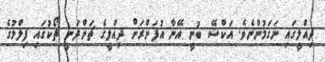
ދިއްލީގައި ނަގަމުންނެވެ. އަކްޝޭ ބުނީ އޭނާ އުފަންރަށް ދިއްލީގެ ޗަންދަނީ ޗޯކުގައި ފިލްމުގެ